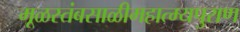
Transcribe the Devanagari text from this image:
मूळस्तंबसाळीमहात्म्यपुराण